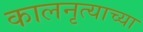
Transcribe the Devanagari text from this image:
कालनृत्याच्या